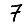
Digit: 7